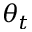
\theta _ { t }